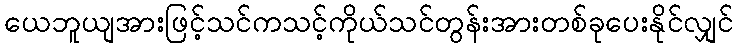
ယေဘူယျအားဖြင့်သင်ကသင့်ကိုယ်သင်တွန်းအားတစ်ခုပေးနိုင်လျှင်